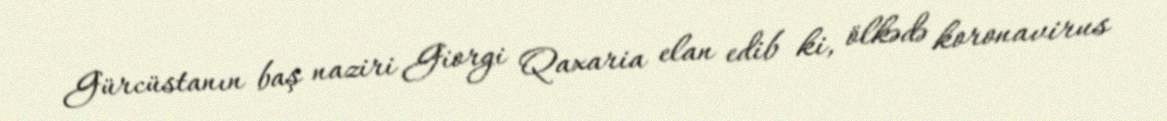
Gürcüstanın baş naziri Giorgi Qaxaria elan edib ki, ölkədə koronavirus